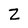
Character: Z